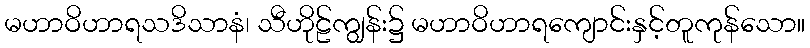
မဟာဝိဟာရသဒိသာနံ၊ သီဟိုဠ်ကျွန်း၌ မဟာဝိဟာရကျောင်းနှင့်တူကုန်သော။